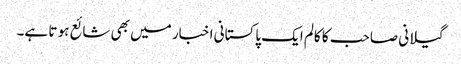
گیلانی صاحب کا کالم ایک پاکستانی اخبار میں بھی شائع ہو تا ہے۔